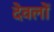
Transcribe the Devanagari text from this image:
देवलों